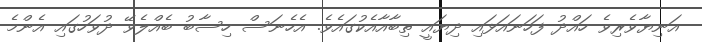
އަނިޔާވެރިވެ ހައްދު ފަހަނައަޅައި ދިޔައީ ތިބާއާއެކުގައެވެ. އެހެނަސް ހިސާބު ބެއްލެވޭ ދުވަހުގައި އެންމެ